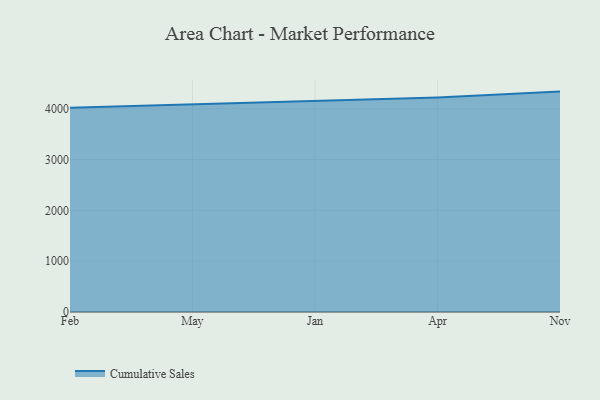
{"axis": {"x": "Month", "y": "Churn Rate (%)"}, "legend": ["Cumulative Sales"], "data": [{"x": "Feb", "y": 4020.8, "type": "Cumulative Sales"}, {"x": "May", "y": 4087.8, "type": "Cumulative Sales"}, {"x": "Jan", "y": 4156.0, "type": "Cumulative Sales"}, {"x": "Apr", "y": 4223.4, "type": "Cumulative Sales"}, {"x": "Nov", "y": 4337.4, "type": "Cumulative Sales"}]}